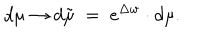
LaTeX: d \mu \rightarrow d \tilde { \mu } \; = \; e ^ { \Delta w } \cdot d \mu .